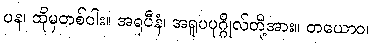
ပန၊ ထိုမှတစ်ပါး။ အရူပီနံ၊ အရူပပုဂ္ဂိုလ်တို့အား။ တယောဝ၊